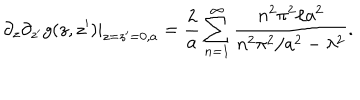
\partial _ { z } \partial _ { z ^ { \prime } } g ( z , z ^ { \prime } ) | _ { z = z ^ { \prime } = 0 , a } = { \frac { 2 } { a } } \sum _ { n = 1 } ^ { \infty } { \frac { n ^ { 2 } \pi ^ { 2 } / a ^ { 2 } } { n ^ { 2 } \pi ^ { 2 } / a ^ { 2 } - \lambda ^ { 2 } } } .